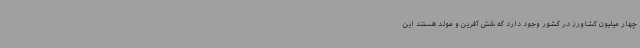
چهار میلیون کشاورز در کشور وجود دارد که نقش آفرین و مولد هستند این